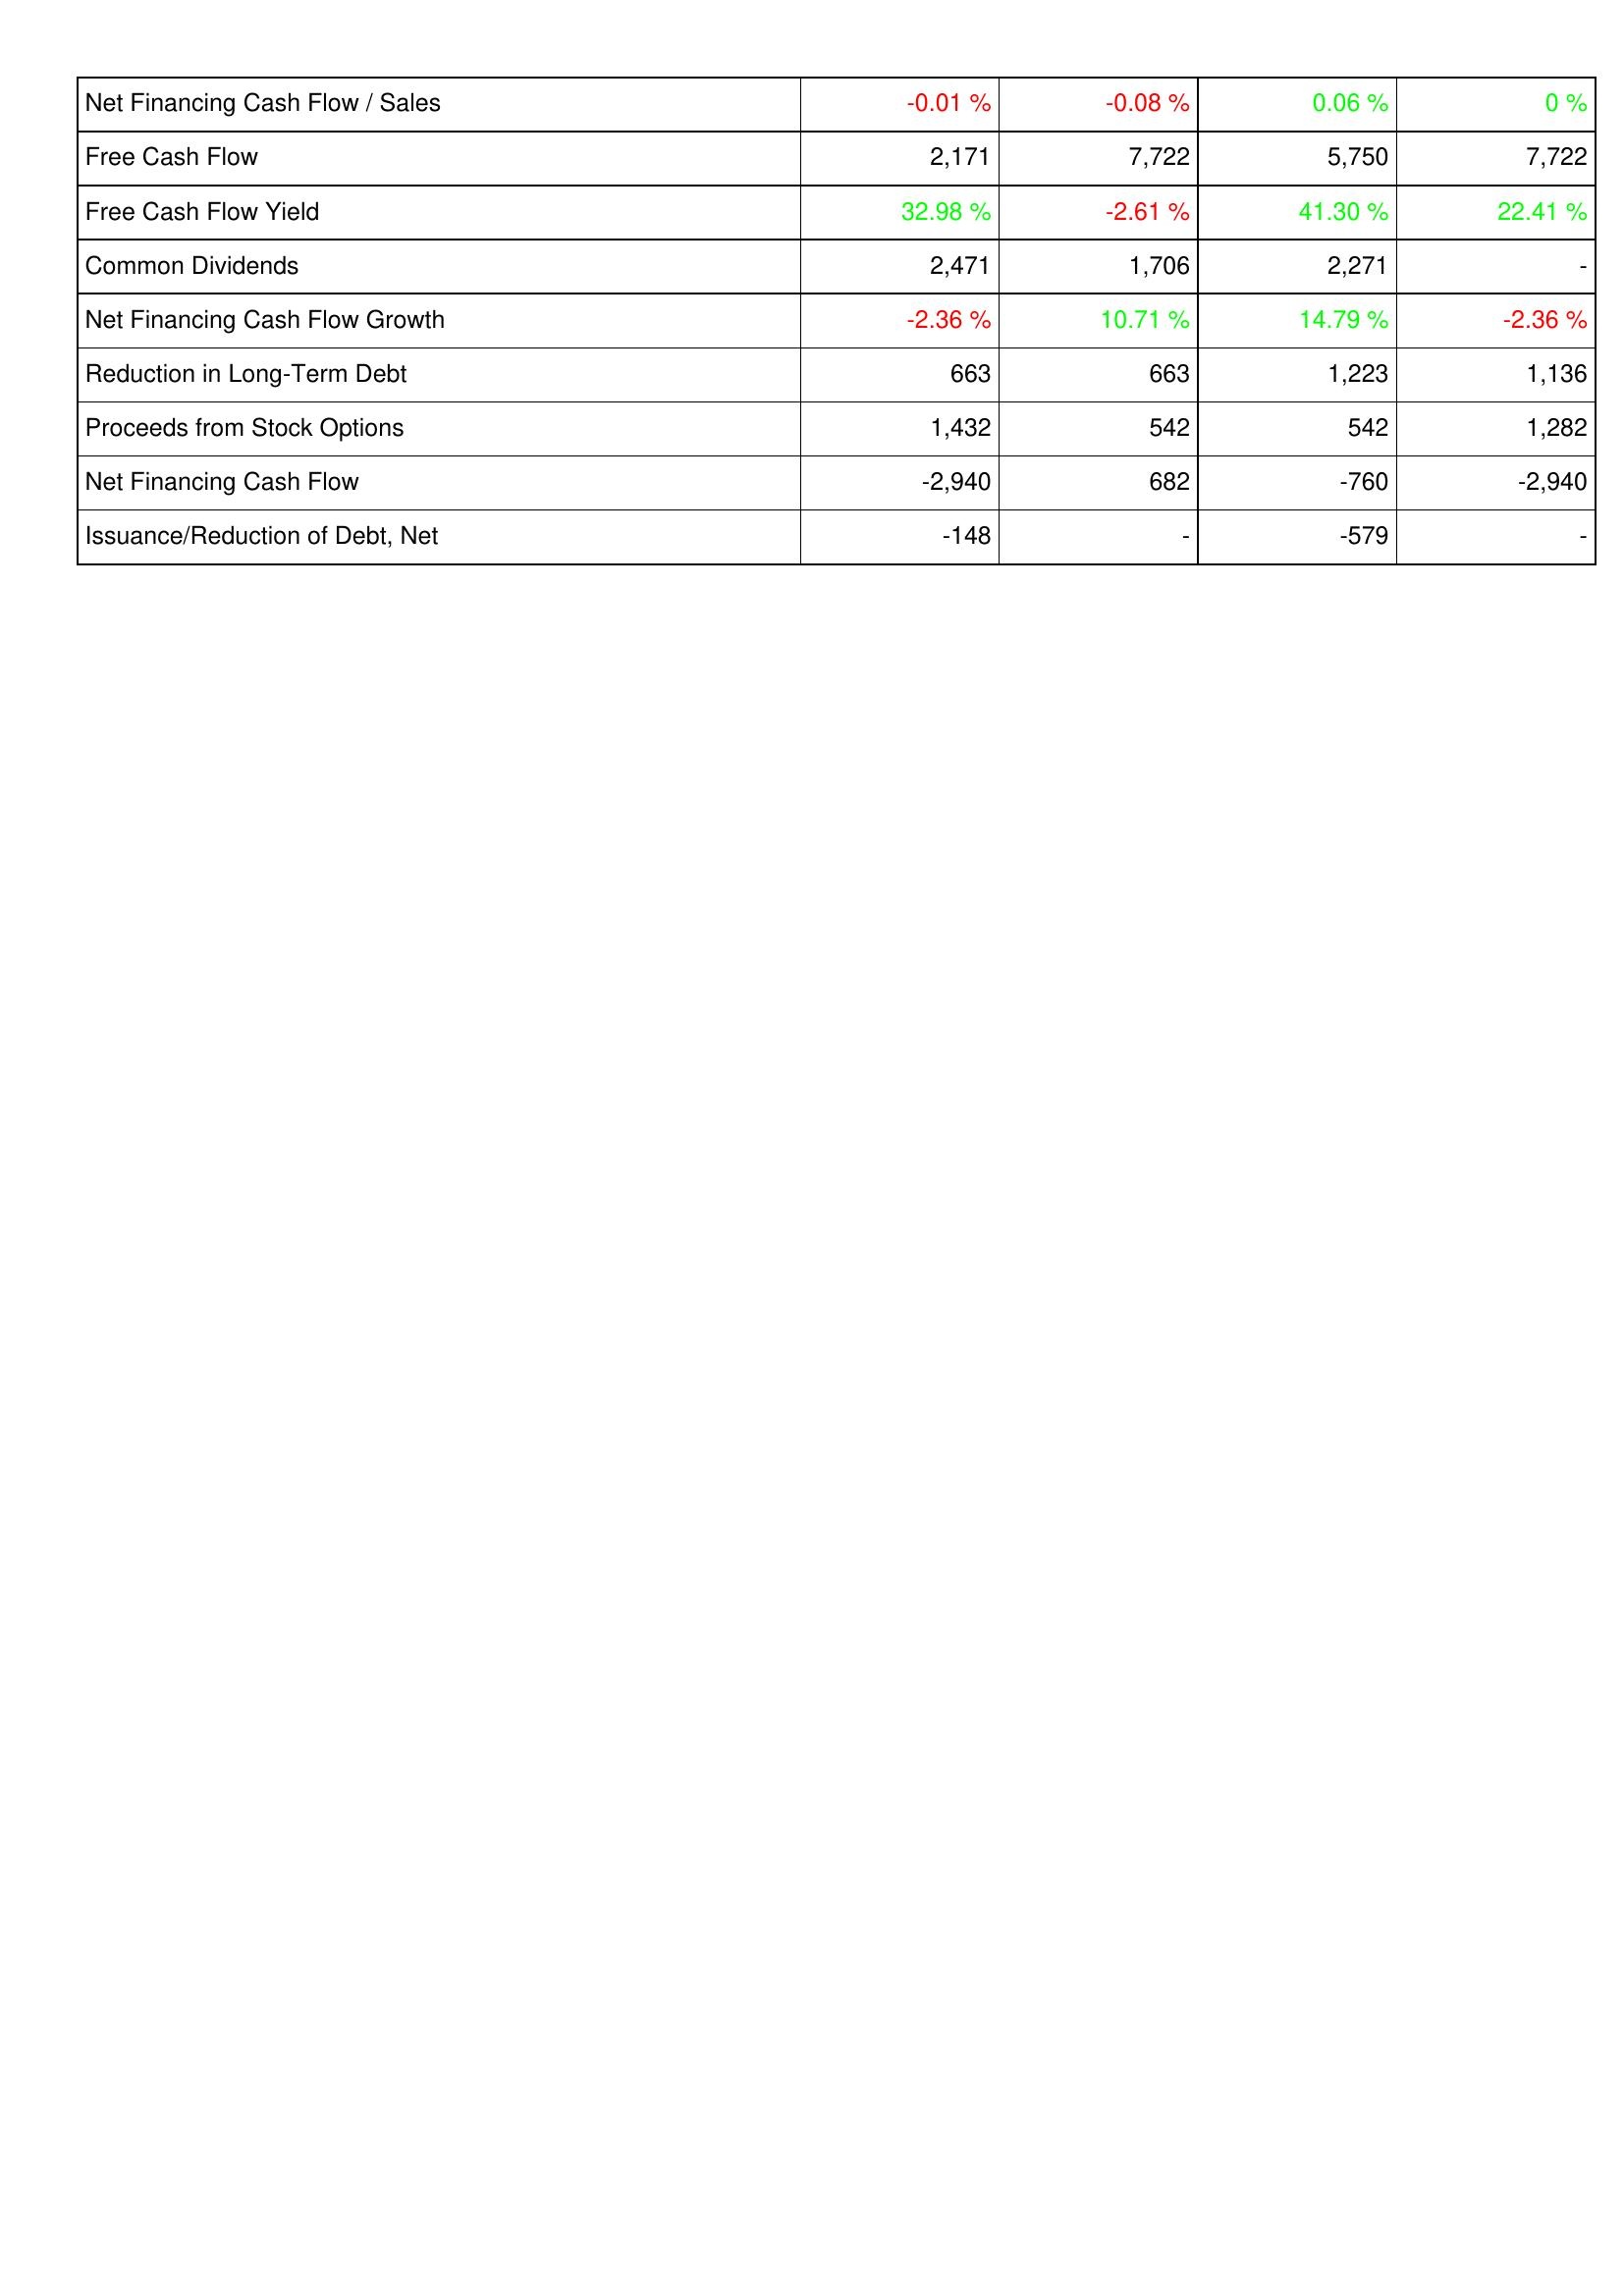
2025: Financing Activities: Net Financing Cash Flow / Sales: -0.01 %
Free Cash Flow: 2,171
Free Cash Flow Yield: 32.98 %
Common Dividends: 2,471
Net Financing Cash Flow Growth: -2.36 %
Reduction in Long-Term Debt: 663
Proceeds from Stock Options: 1,432
Net Financing Cash Flow: -2,940
Issuance/Reduction of Debt, Net: -148
2024: Financing Activities: Net Financing Cash Flow / Sales: -0.08 %
Free Cash Flow: 7,722
Free Cash Flow Yield: -2.61 %
Common Dividends: 1,706
Net Financing Cash Flow Growth: 10.71 %
Reduction in Long-Term Debt: 663
Proceeds from Stock Options: 542
Net Financing Cash Flow: 682
Issuance/Reduction of Debt, Net: -
2023: Financing Activities: Net Financing Cash Flow / Sales: 0.06 %
Free Cash Flow: 5,750
Free Cash Flow Yield: 41.30 %
Common Dividends: 2,271
Net Financing Cash Flow Growth: 14.79 %
Reduction in Long-Term Debt: 1,223
Proceeds from Stock Options: 542
Net Financing Cash Flow: -760
Issuance/Reduction of Debt, Net: -579
2022: Financing Activities: Net Financing Cash Flow / Sales: 0 %
Free Cash Flow: 7,722
Free Cash Flow Yield: 22.41 %
Common Dividends: -
Net Financing Cash Flow Growth: -2.36 %
Reduction in Long-Term Debt: 1,136
Proceeds from Stock Options: 1,282
Net Financing Cash Flow: -2,940
Issuance/Reduction of Debt, Net: -